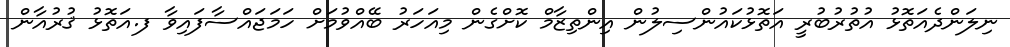
ނިލަންދެއަތޮޅު އުތުރުބުރީ އަތޮޅުކައުންސިލުން އިންތިޒާމް ކޮށްގެން މިއަހަރު ބޭއްވުމަށް ހަމަޖައްސާފައިވާ ފ.އަތޮޅު ޤުރުއާން